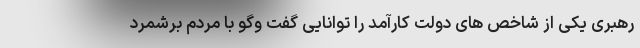
رهبری یکی از شاخص های دولت کارآمد را توانایی گفت وگو با مردم برشمرد